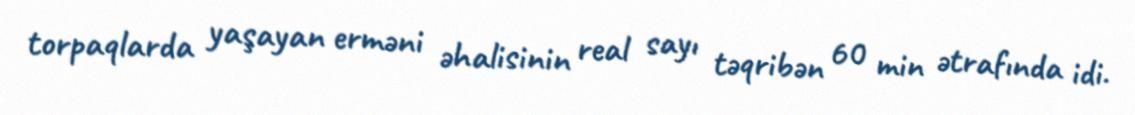
torpaqlarda yaşayan erməni əhalisinin real sayı təqribən 60 min ətrafında idi.